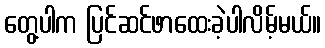
တွေ့ပါက ပြင်ဆင်ဖာထေးခဲ့ပါလိမ့်မယ်။